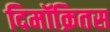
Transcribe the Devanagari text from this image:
दिमॉक्रितस